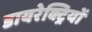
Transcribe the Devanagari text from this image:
डायरेक्ट्रियों